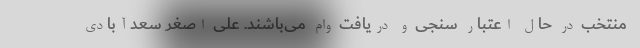
منتخب در حال اعتبار سنجی و دریافت وام می‌باشند. علی اصغر سعدآبادی